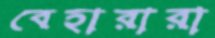
বেহারারা